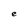
Character: e